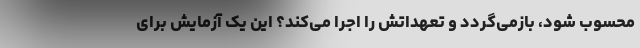
محسوب شود، بازمی‌گردد و تعهداتش را اجرا می‌کند؟ این یک آزمایش برای